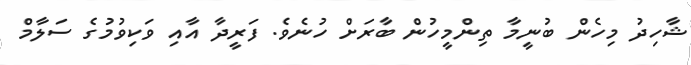
ޝާހިދު މިހެން ބުނީމާ ތިންމީހުން ބާރަށް ހުނެވެ. ފަރީދާ އާއި ވަކިވުމުގެ ސަލާމް